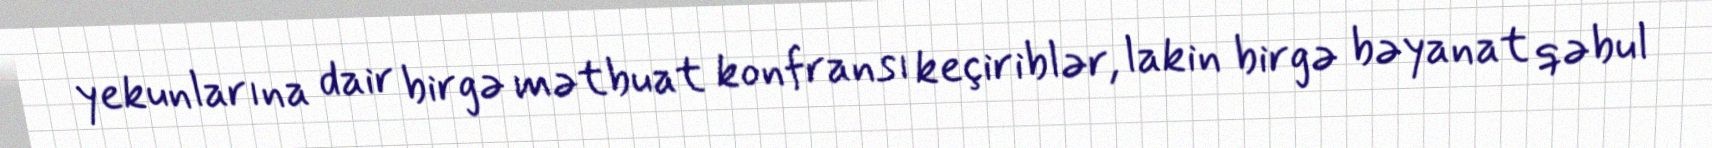
yekunlarına dair birgə mətbuat konfransı keçiriblər, lakin birgə bəyanat qəbul